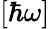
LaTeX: [\hbar\omega]